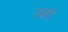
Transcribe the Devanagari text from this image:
तज्ञही